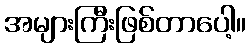
အများကြီးဖြစ်တာပေါ့။